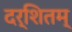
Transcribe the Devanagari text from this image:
दर्शितम्